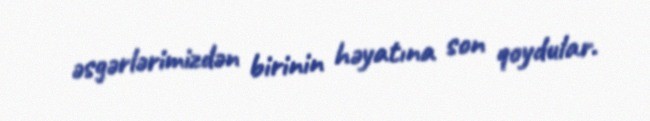
əsgərlərimizdən birinin həyatına son qoydular.